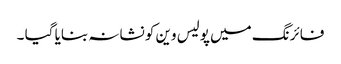
فائرنگ میں پولیس وین کو نشانہ بنایا گیا ۔